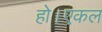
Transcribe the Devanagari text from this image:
हो।एकल